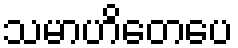
သမာဟိတေပေ